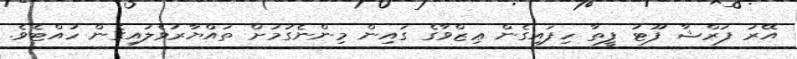
އޭރު ފަރްޝާ ފޫޓު ފީތާ ހިފައިގެން ޢިޒްވާގެ ގައިން މިންނެގުމަށް ތައްޔާރުވެލައިގެން ހުއްޓެވެ.